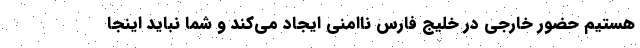
هستيم حضور خارجي در خليج فارس ناامني ايجاد مي‌كند و شما نبايد اينجا